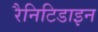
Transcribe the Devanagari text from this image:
रैनिटिडाइन